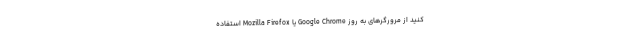
کنید از مرورگرهای به روز Google Chrome یا Mozilla Firefox استفاده